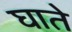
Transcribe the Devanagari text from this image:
घाते